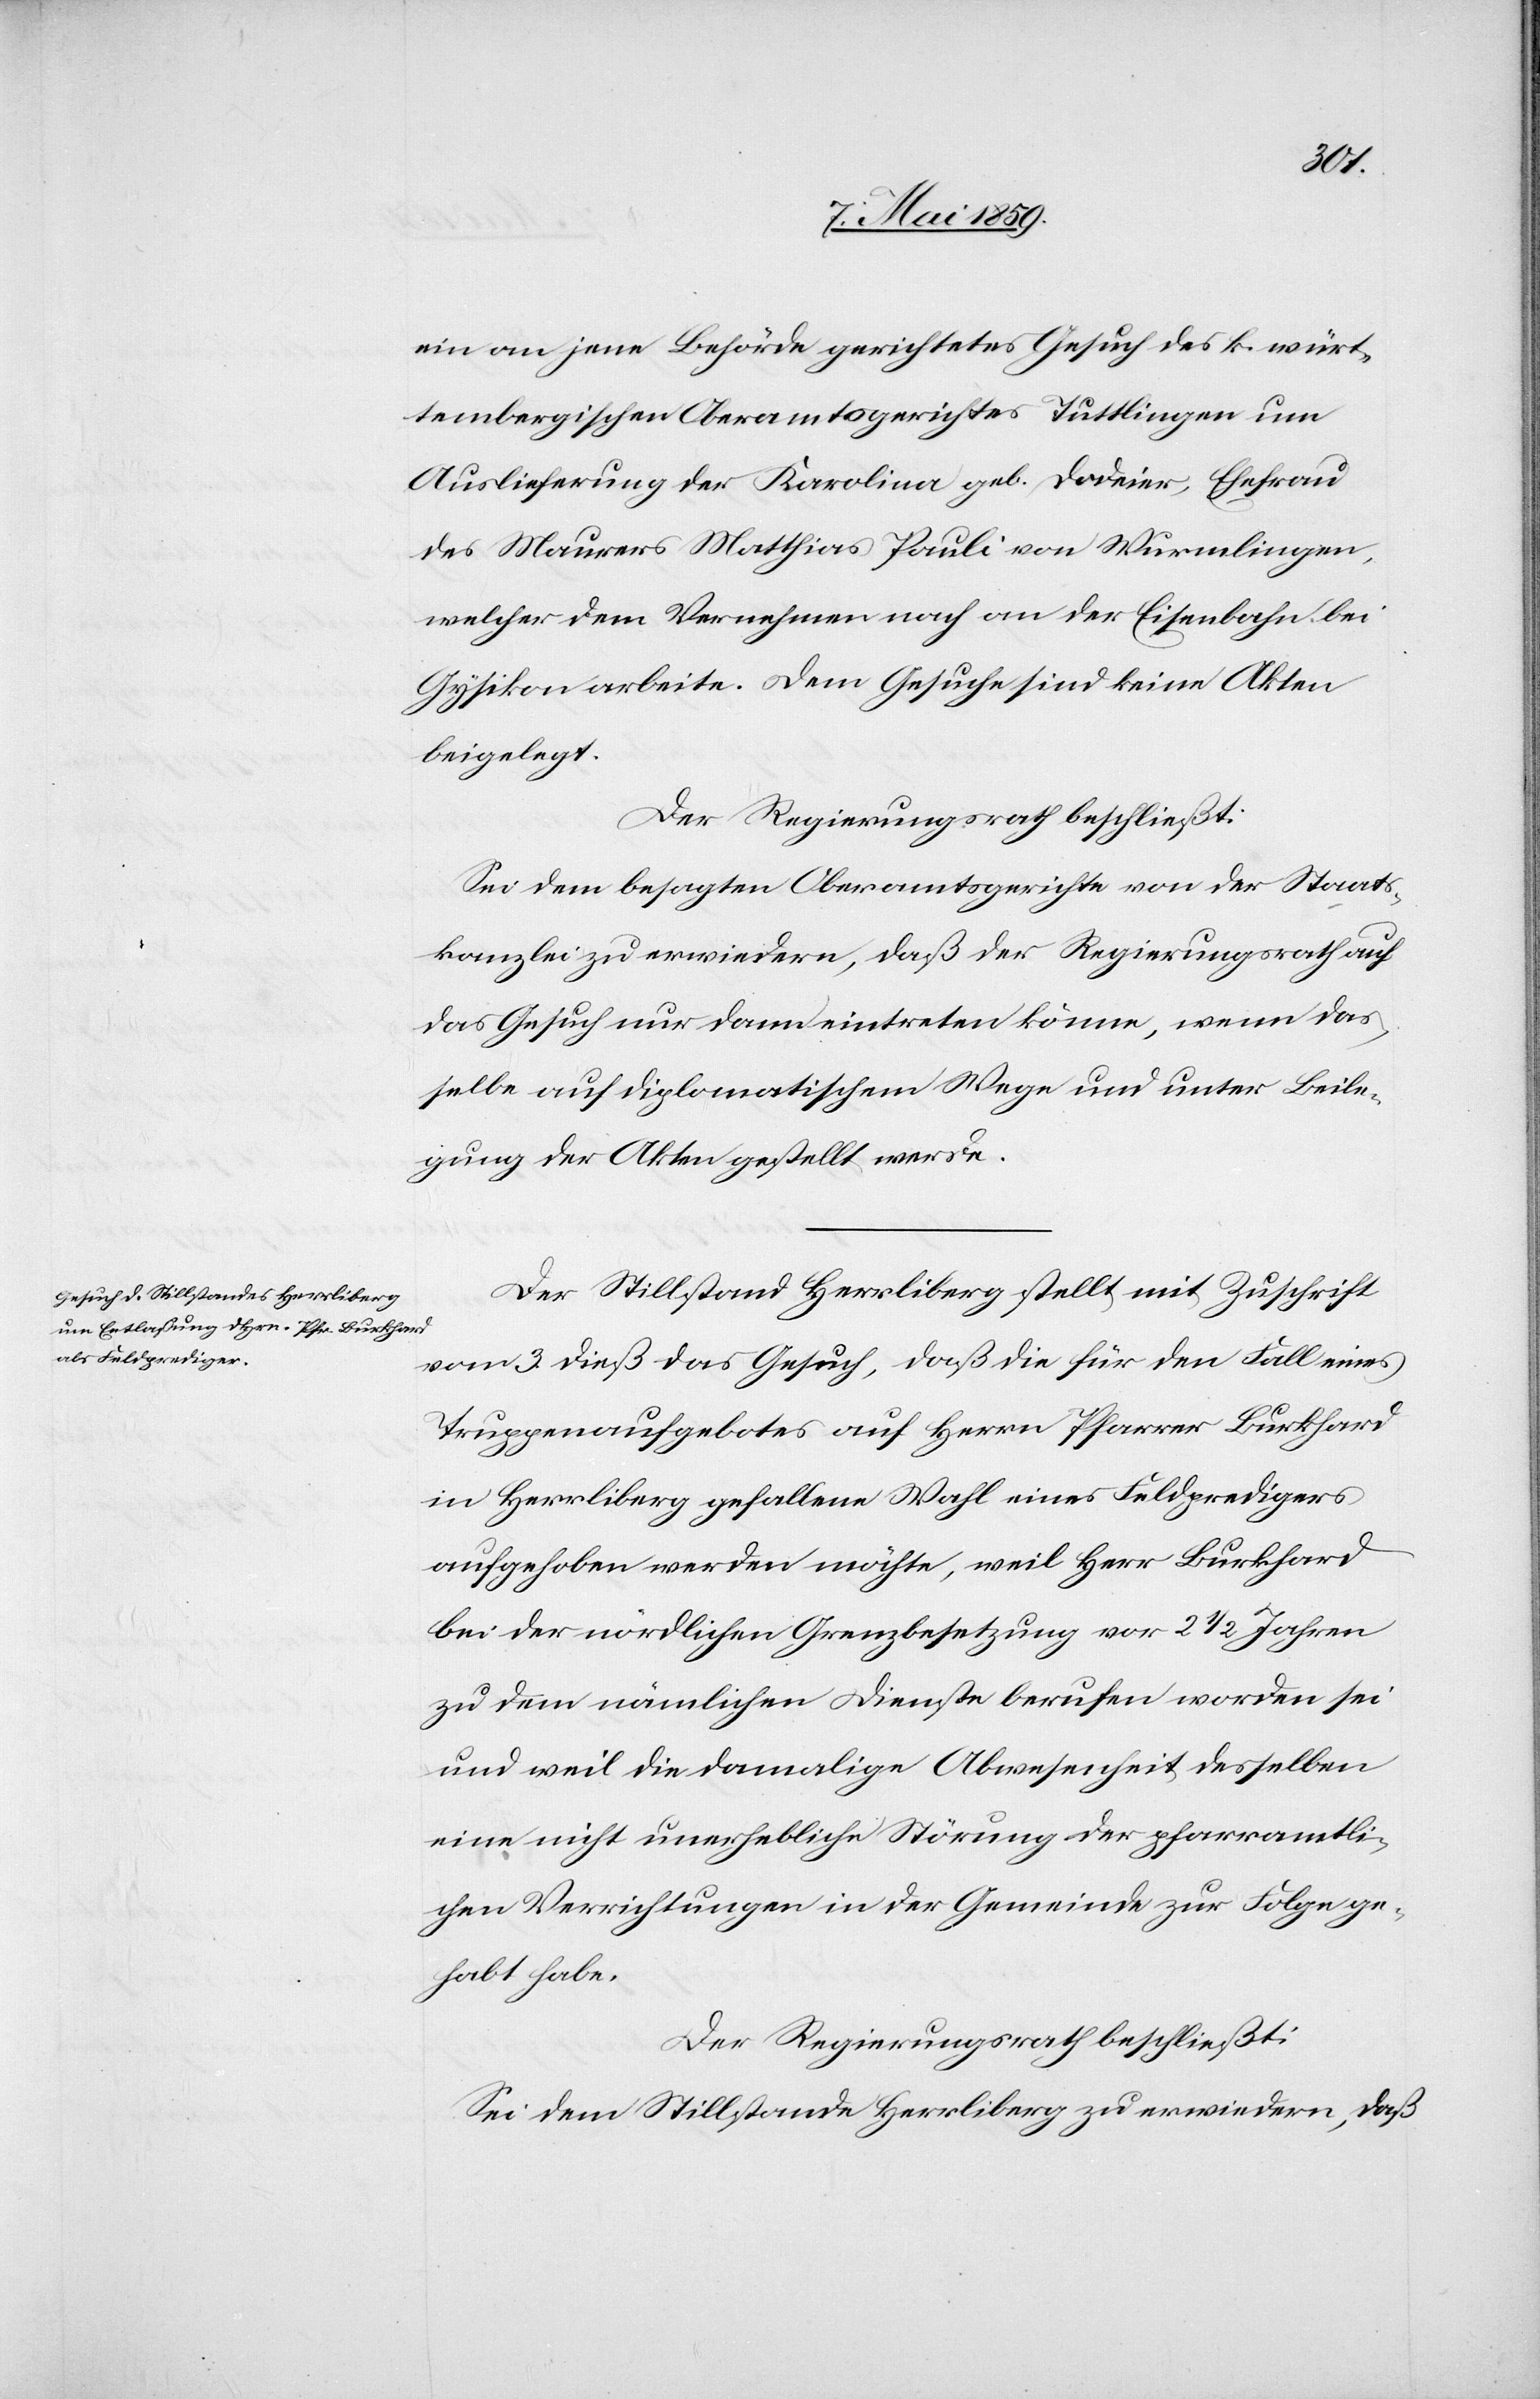
ein an jene Behörde gerichtetes Gesuch des k. würt¬
tembergischen Oberamtsgerichtes Tuttlingen um
Auslieferung der Karolina geb. Dodeier, Ehefrau
des Maurers Matthias Pauli von Wurmlingen,
welcher dem Vernehmen nach an der Eisenbahn bei
Gysikon arbeite. Dem Gesuche sind keine Akten
beigelegt.
Der Regierungsrath beschließt:
Sei dem besagten Oberamtsgerichte von der Staats¬
kanzlei zu erwiedern, daß der Regierungsrath auf
das Gesuch nur dann eintreten könne, wenn das¬
selbe auf diplomatischem Wege und unter Beile¬
gung der Akten gestellt werde.
Der Stillstand Herrliberg stellt mit Zuschrift
vom 3. dieß das Gesuch, daß die für den Fall eines
Truppenaufgebotes auf Herrn Pfarrer Burkhard
in Herrliberg gefallene Wahl eines Feldpredigers
aufgehoben werden möchte, weil Herr Burkhard
bei der nördlichen Grenzbesetzung vor 2 1/2 Jahren
zu dem nämlichen Dienste berufen worden sei
und weil die damalige Abwesenheit desselben
eine nicht unerhebliche Störung der pfarramtli¬
chen Verrichtungen in der Gemeinde zur Folge ge¬
habt habe.
Der Regierungsrath beschließt:
Sei dem Stillstande Herrliberg zu erwiedern, daß